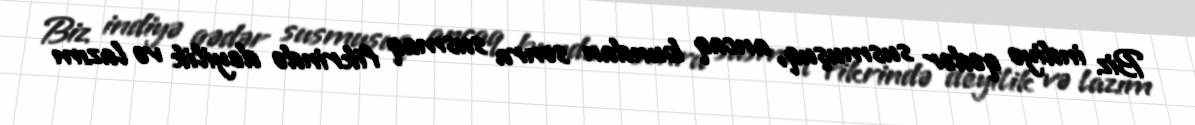
Biz indiyə qədər susmuşuq, ancaq bundan sonra susmaq fikrində deyilik və lazım